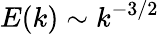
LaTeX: E(k)\sim k^{-3/2}